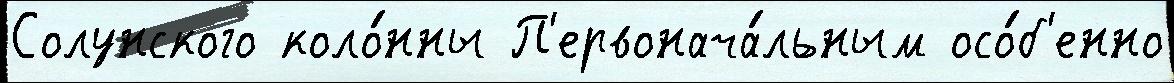
Солунского коло́нны П'ервонача́льным осо́б'енно